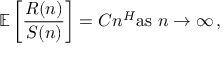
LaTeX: \mathbb { E } \left[ { \frac { R ( n ) } { S ( n ) } } \right] = C n ^ { H } { \mathrm { a s ~ } } n \to \infty \, ,